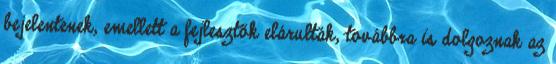
bejelentenek, emellett a fejlesztők elárulták, továbbra is dolgoznak az